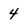
Character: 4